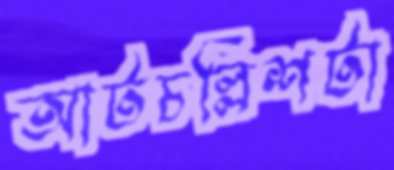
আটচল্লিশটা